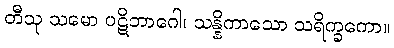
တီသု သမော ပဋိဘာဂေါ၊ သန္နိကာသော သရိက္ခကော။